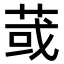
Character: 𦱂